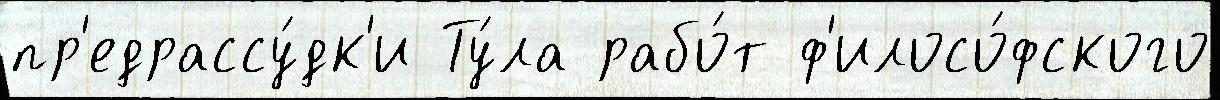
пр'едрассу́дк'и Ту́ла рабо́т ф'илосо́фского